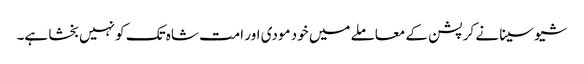
شیو سینا نے کرپشن کے معاملے میں خود مودی اور امت شاہ تک کو نہیں بخشا ہے۔